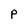
Character: p